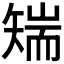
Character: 𮀅